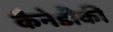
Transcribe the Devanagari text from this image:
कैनेडीकी